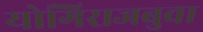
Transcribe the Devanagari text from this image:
योगिराजबुवा